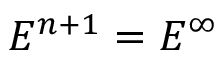
E ^ { n + 1 } = E ^ { \infty }